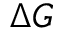
\Delta G